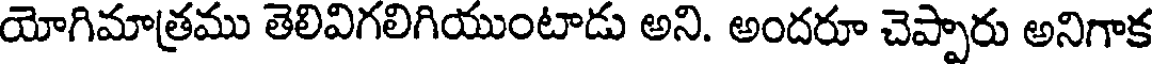
యోగిమాత్రము తెలివిగలిగియుంటాడు అని. అందరూ చెప్పారు అనిగాక